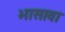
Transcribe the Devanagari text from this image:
भासावा